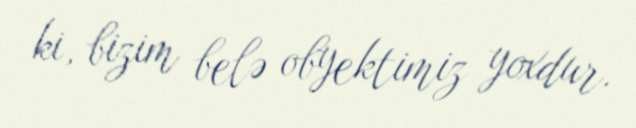
ki, bizim belə obyektimiz yoxdur.